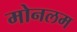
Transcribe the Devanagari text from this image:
मोनलम